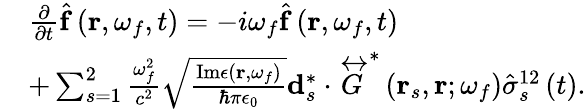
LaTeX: \begin{array}{rl}&{\frac{\partial}{\partial t}\hat{\mathbf{f}}\left(\mathbf{r},\omega_{f},t\right)=-i\omega_{f}\hat{\mathbf{f}}\left(\mathbf{r},\omega_{f},t\right)}\\ &{+\sum_{s=1}^{2}\frac{\omega_{f}^{2}}{c^{2}}\sqrt{\frac{\mathrm{Im}\epsilon\left(\mathbf{r},\omega_{f}\right)}{\hbar\pi\epsilon_{0}}}\mathbf{d}_{s}^{*}\cdot\overleftrightarrow{G}^{*}\left(\mathbf{r}_{s},\mathbf{r};\omega_{f}\right)\hat{\sigma}_{s}^{12}\left(t\right).}\end{array}